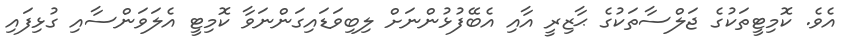
އެވެ. ކޮމިޓީތަކުގެ ޖަލްސާތަކުގެ ޙާޒިރީ އާއި އެބޭފުޅުންނަށް ލިބިވަޑައިގަންނަވާ ކޮމިޓީ އެލަވަންސާއި ގުޅިފައި